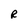
Character: R